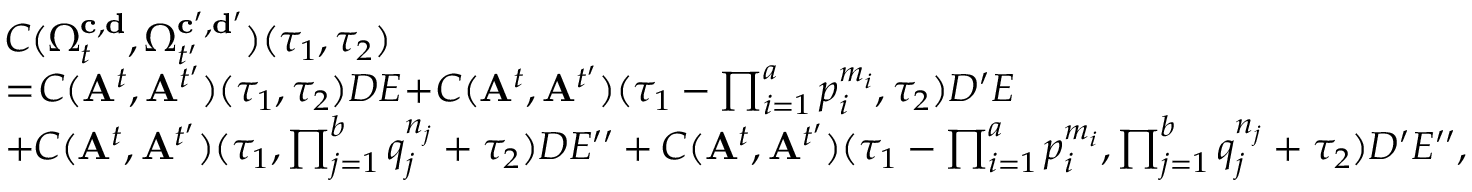
\begin{array} { r l } & { C ( \Omega _ { t } ^ { \mathbf { c } , \mathbf { d } } , \Omega _ { t ^ { \prime } } ^ { \mathbf { c ^ { \prime } } , \mathbf { d ^ { \prime } } } ) ( \tau _ { 1 } , \tau _ { 2 } ) } \\ & { = \! C ( \mathbf { A } ^ { t } , \mathbf { A } ^ { t ^ { \prime } } ) ( \tau _ { 1 } , \tau _ { 2 } ) D E \! + \! C ( \mathbf { A } ^ { t } , \mathbf { A } ^ { t ^ { \prime } } ) ( \tau _ { 1 } - \prod _ { i = 1 } ^ { a } p _ { i } ^ { m _ { i } } , \tau _ { 2 } ) D ^ { \prime } E } \\ & { + C ( \mathbf { A } ^ { t } , \mathbf { A } ^ { t ^ { \prime } } ) ( \tau _ { 1 } , \prod _ { j = 1 } ^ { b } q _ { j } ^ { n _ { j } } + \tau _ { 2 } ) D E ^ { \prime \prime } + C ( \mathbf { A } ^ { t } , \mathbf { A } ^ { t ^ { \prime } } ) ( \tau _ { 1 } - \prod _ { i = 1 } ^ { a } p _ { i } ^ { m _ { i } } , \prod _ { j = 1 } ^ { b } q _ { j } ^ { n _ { j } } + \tau _ { 2 } ) D ^ { \prime } E ^ { \prime \prime } , } \end{array}